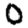
Digit: 0